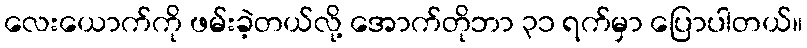
လေးယောက်ကို ဖမ်းခဲ့တယ်လို့ အောက်တိုဘာ ၃၁ ရက်မှာ ပြောပါတယ်။